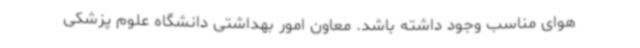
هوای مناسب وجود داشته باشد. معاون امور بهداشتی دانشگاه علوم پزشکی